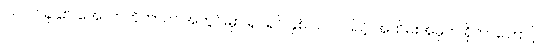
၂၀၂၀ ခုနှစ်၊ အောက်တိုဘာလ အတွင်းမှာ ရုပ်ရှင် နှစ် ၁၀၀ ပြည့် အထိမ်းအမှတ် ရှိတာကြောင့်